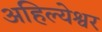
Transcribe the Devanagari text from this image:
अहिल्येश्वर